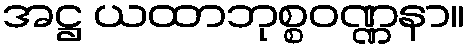
အဋ္ဌ ယထာဘုစ္စဝဏ္ဏနာ။